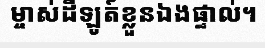
ម្ចាស់ដីឡូត៍ខ្លួនឯងផ្ទាល់។